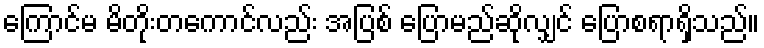
ကြောင်မ မိတိုးတကောင်လည်း အပြစ် ပြောမည်ဆိုလျှင် ပြောစရာရှိသည်။